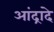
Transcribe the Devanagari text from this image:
आंद्रादे